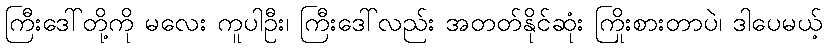
ကြီးဒေါ်တို့ကို မလေး ကူပါဦး၊ ကြီးဒေါ်လည်း အတတ်နိုင်ဆုံး ကြိုးစားတာပဲ၊ ဒါပေမယ့်